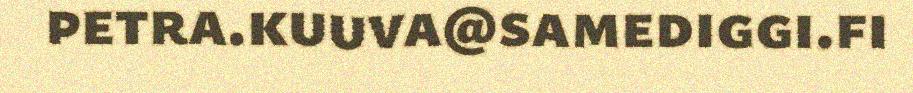
petra.kuuva@samediggi.fi